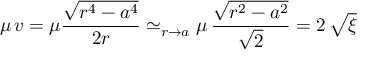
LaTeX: \mu \, v = \mu \frac { \sqrt { r ^ { 4 } - a ^ { 4 } } } { 2 r } \simeq _ { r \to a } \mu \, \frac { \sqrt { r ^ { 2 } - a ^ { 2 } } } { \sqrt { 2 } } = 2 \, \sqrt { \xi }